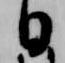
日